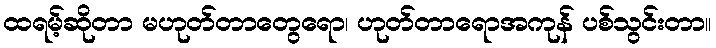
ထရမ့်ဆိုတာ မဟုတ်တာတွေရော၊ ဟုတ်တာရောအကုန် ပစ်သွင်းတာ။